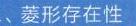
（1）两锐角之间的关系：\(\underline{\quad\quad\quad\quad\quad\quad\quad\quad}\).
（2）三边之间的关系：\(\underline{\quad\quad\quad\quad\quad\quad\quad\quad\quad\quad\quad\quad\quad\quad\quad}\)